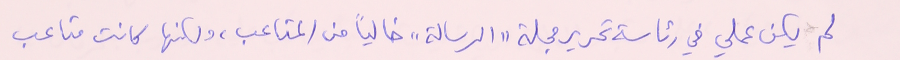
لم يكن عملي في رئاسة تحرير مجلة "الرسالة" خالياً من المتاعب، ولكنها كانت متاعب